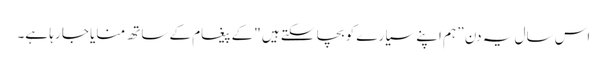
اس سال یہ دن ” ہم اپنے سیارے کو بچا سکتے ہیں "کے پیغام کے ساتھ منایا جا رہا ہے۔